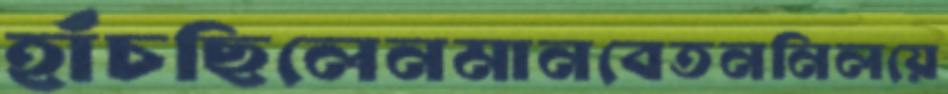
হাঁচছিলেনমানবেতননিলয়ে